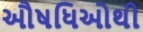
ઔષધિઓથી